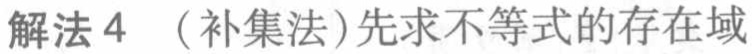
解法 4 （补集法）先求不等式的存在域